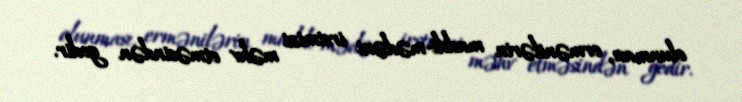
olunması, ermənilərin maddi-mədəni irsimizi məhv etməsindən gedir.